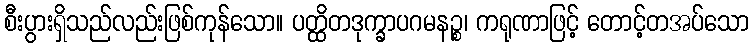
စီးပွားရှိသည်လည်းဖြစ်ကုန်သော။ ပတ္ထိတဒုက္ခာပဂမနဉ္စ၊ ကရုဏာဖြင့် တောင့်တအပ်သော